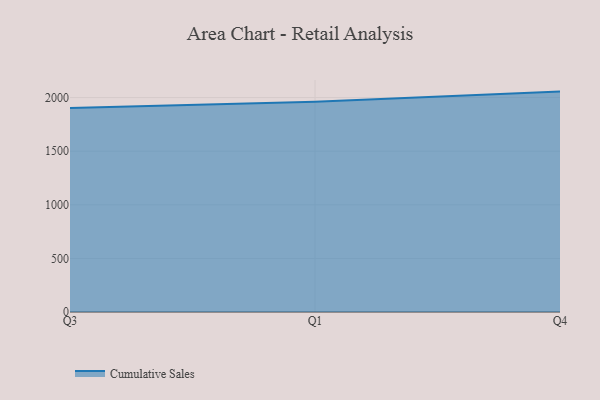
{"axis": {"x": "Quarter", "y": "Demand Index"}, "legend": ["Cumulative Sales"], "data": [{"x": "Q3", "y": 1903.6, "type": "Cumulative Sales"}, {"x": "Q1", "y": 1961.1, "type": "Cumulative Sales"}, {"x": "Q4", "y": 2055.9, "type": "Cumulative Sales"}]}